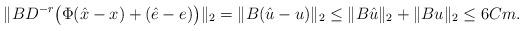
LaTeX: \begin{align*}\|BD^{-r}\big(\Phi (\hat{x}-x)+(\hat{e}-e)\big)\|_2 = \|B(\hat{u}-u) \|_2 \leq \|B\hat{u}\|_2 + \|B{u}\|_2 \leq 6Cm.\end{align*}